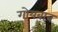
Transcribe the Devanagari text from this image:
गोयबाब